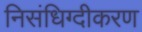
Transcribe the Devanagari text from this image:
निसंधिग्दीकरण